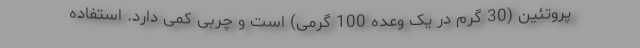
پروتئین (30 گرم در یک وعده 100 گرمی) است و چربی کمی دارد. استفاده